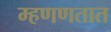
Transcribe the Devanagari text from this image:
म्हणणतात